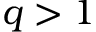
q > 1